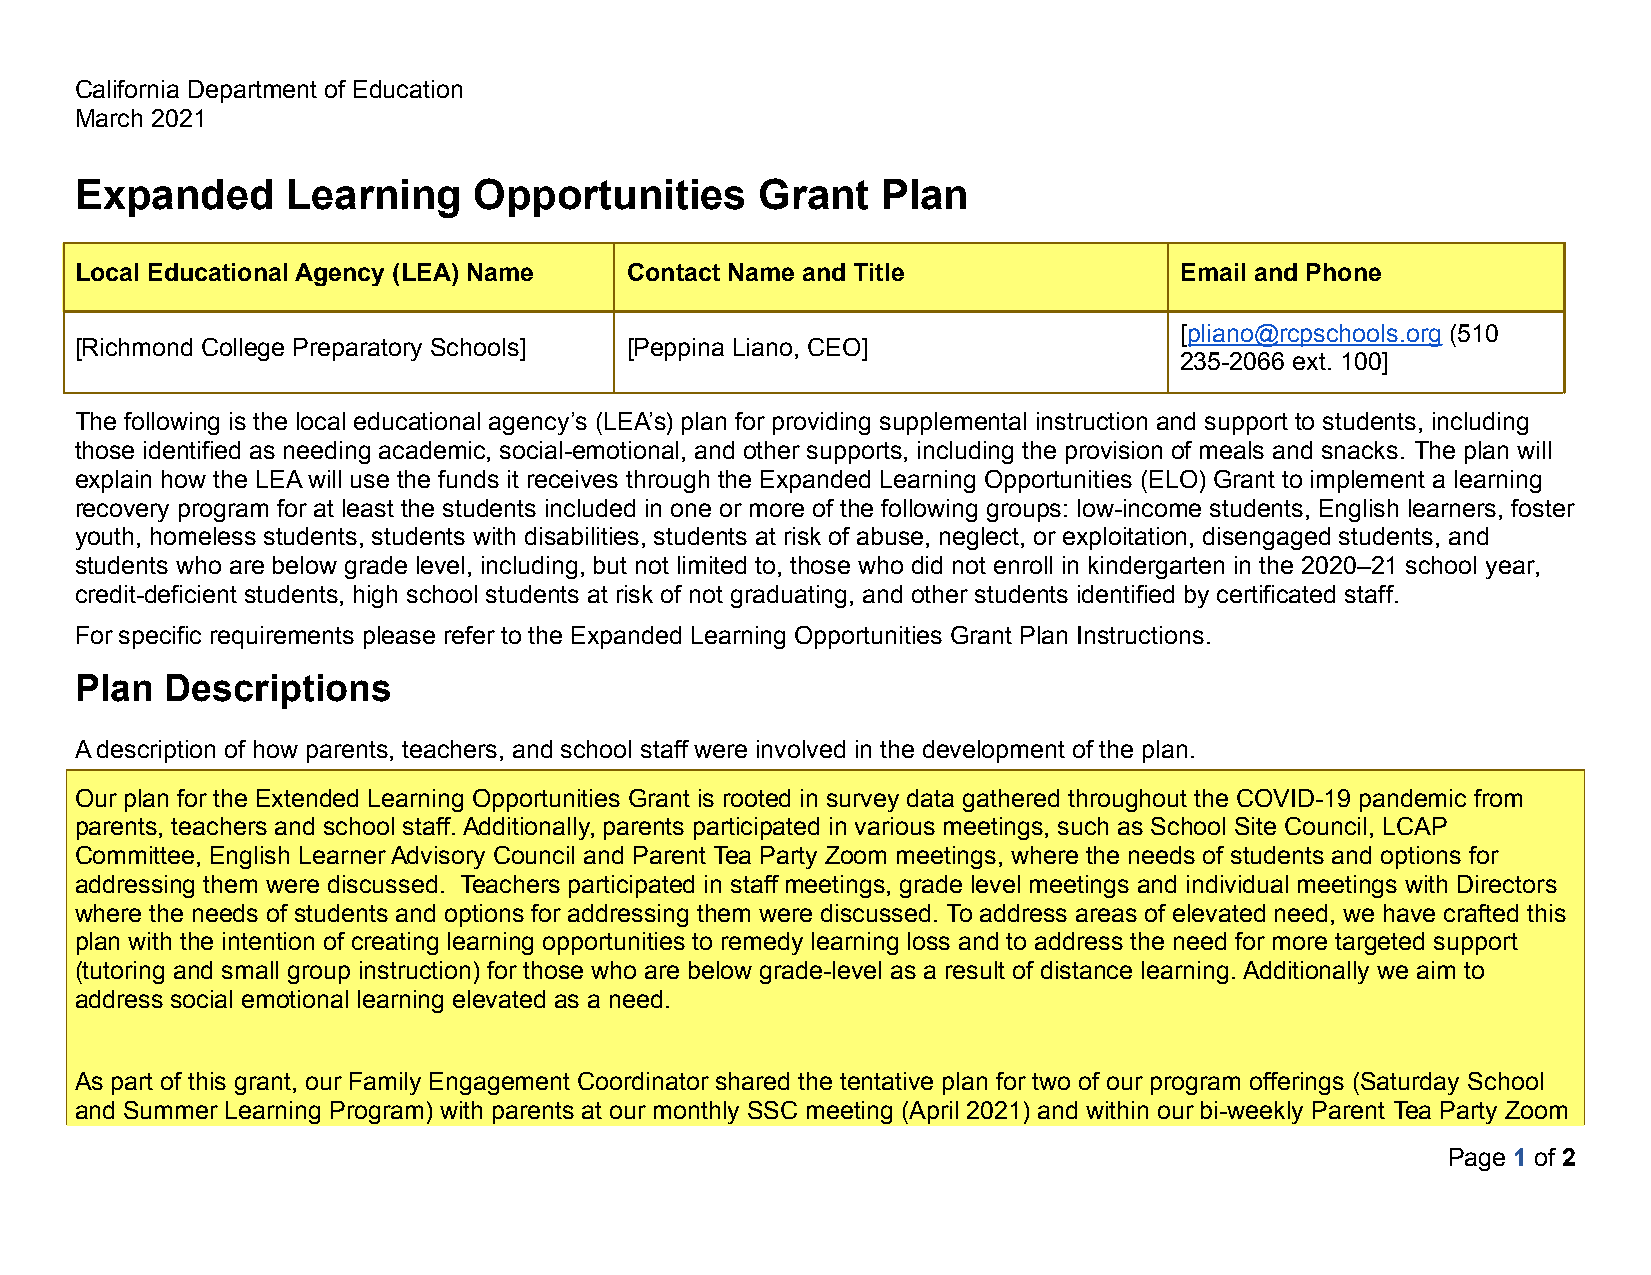
California Department of Education
 March 2021
 Expanded      Learning    Opportunities      Grant   Plan
 Local Educational Agency (LEA) Name Contact Name and Title               Email and Phone
 [pliano@rcpschools.org (510
 [Richmond College Preparatory Schools] [Peppina Liano, CEO]
 235-2066 ext. 100]
 The following is the local educational agency’s (LEA’s) plan for providing supplemental instruction and support to students, including
 those identified as needing academic, social-emotional, and other supports, including the provision of meals and snacks. The plan will
 explain how the LEA will use the funds it receives through the Expanded Learning Opportunities (ELO) Grant to implement a learning
 recovery program for at least the students included in one or more of the following groups: low-income students, English learners, foster
 youth, homeless students, students with disabilities, students at risk of abuse, neglect, or exploitation, disengaged students, and
 students who are below grade level, including, but not limited to, those who did not enroll in kindergarten in the 2020–21 school year,
 credit-deficient students, high school students at risk of not graduating, and other students identified by certificated staff.
 For specific requirements please refer to the Expanded Learning Opportunities Grant Plan Instructions.
 Plan  Descriptions
 A description of how parents, teachers, and school staff were involved in the development of the plan.
 Our plan for the Extended Learning Opportunities Grant is rooted in survey data gathered throughout the COVID-19 pandemic from
 parents, teachers and school staff. Additionally, parents participated in various meetings, such as School Site Council, LCAP
 Committee, English Learner Advisory Council and Parent Tea Party Zoom meetings, where the needs of students and options for
 addressing them were discussed. Teachers participated in staff meetings, grade level meetings and individual meetings with Directors
 where the needs of students and options for addressing them were discussed. To address areas of elevated need, we have crafted this
 plan with the intention of creating learning opportunities to remedy learning loss and to address the need for more targeted support
 (tutoring and small group instruction) for those who are below grade-level as a result of distance learning. Additionally we aim to
 address social emotional learning elevated as a need.
 As part of this grant, our Family Engagement Coordinator shared the tentative plan for two of our program offerings (Saturday School
 and Summer Learning Program) with parents at our monthly SSC meeting (April 2021) and within our bi-weekly Parent Tea Party Zoom
 Page 1 of 2